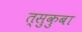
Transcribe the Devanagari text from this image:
त्सुकुबा